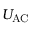
U _ { \mathrm { A C } }